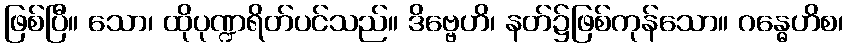
ဖြစ်ပြီ။ သော၊ ထိုပုဏ္ဍရိတ်ပင်သည်။ ဒိဗ္ဗေဟိ၊ နတ်၌ဖြစ်ကုန်သော။ ဂန္ဓေဟိစ၊